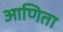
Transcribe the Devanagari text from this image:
आणिता